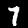
Label: 7